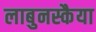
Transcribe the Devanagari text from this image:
लाबुनस्कैया